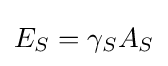
E_{S}=\gamma _{S}A_{S}